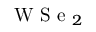
\mathrm { ~ W ~ S ~ e ~ } _ { 2 }